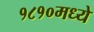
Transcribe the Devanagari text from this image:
१८१०मध्ये